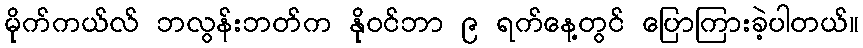
မိုက်ကယ်လ် ဘလွန်းဘတ်က နိုဝင်ဘာ ၉ ရက်နေ့တွင် ပြောကြားခဲ့ပါတယ်။